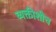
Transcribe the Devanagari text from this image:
व्यक्तीशीच